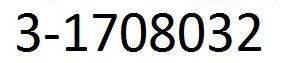
3-1708032